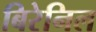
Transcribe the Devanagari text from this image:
बिरेनिल